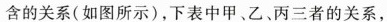
含的关系(如图所示)，下表中甲、乙、丙三者的关系，